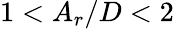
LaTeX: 1<A_{r}/D<2